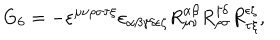
\mathrm { G } _ { 6 } = - \varepsilon ^ { \mu \nu \rho \sigma \tau \xi } \varepsilon _ { \alpha \beta \gamma \delta \epsilon \zeta } R _ { \mu \nu } ^ { \alpha \beta } R _ { \rho \sigma } ^ { \gamma \delta } R _ { \tau \xi } ^ { \epsilon \zeta } ,